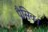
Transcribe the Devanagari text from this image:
पैसिव।